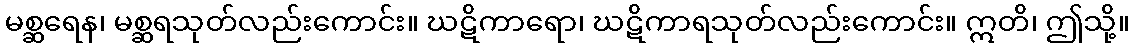
မစ္ဆရေန၊ မစ္ဆရသုတ်လည်းကောင်း။ ဃဋိကာရော၊ ဃဋိကာရသုတ်လည်းကောင်း။ ဣတိ၊ ဤသို့။